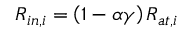
R _ { i n , i } = \left( 1 - \alpha \gamma \right) R _ { a t , i }